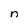
Character: n